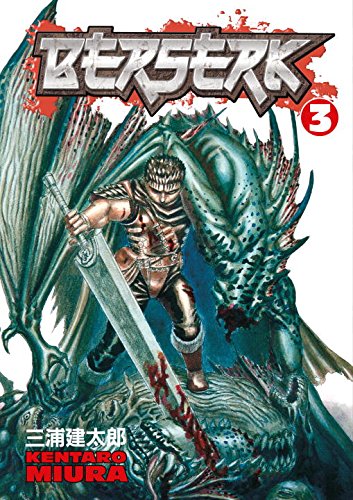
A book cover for Berserk, Vol. 3; Kentaro Miura; Comics & Graphic Novels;